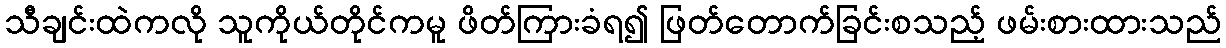
သီချင်းထဲကလို သူကိုယ်တိုင်ကမူ ဖိတ်ကြားခံရ၍ ဖြတ်တောက်ခြင်းစသည့် ဖမ်းစားထားသည်